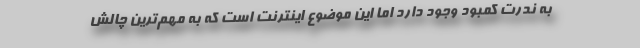
به ندرت کمبود وجود دارد اما این موضوع اینترنت است که به مهم‌ترین چالش‌